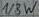
Text: 1/8W